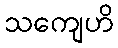
သကျေဟိ